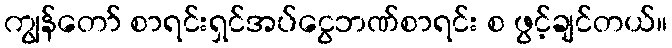
ကျွန်တော် စာရင်းရှင်အပ်ငွေဘဏ်စာရင်း စ ဖွင့်ချင်တယ်။